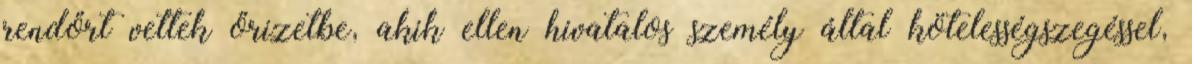
rendőrt vettek őrizetbe, akik ellen hivatalos személy által kötelességszegéssel,